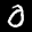
Label: 0